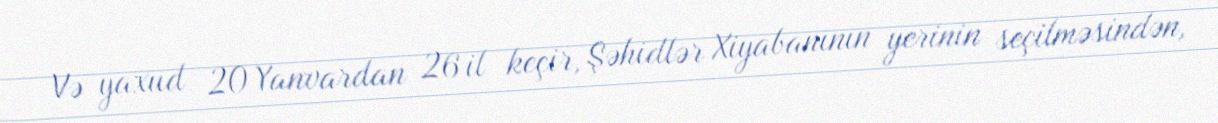
Və yaxud 20 Yanvardan 26 il keçir, Şəhidlər Xiyabanının yerinin seçilməsindən,